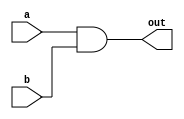
module hack_and(a,b,out);
  input   a,b;
  output  out;
  
  assign out = a & b;
endmodule